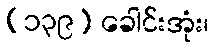
(၁၃၉) ခေါင်းအုံး၊